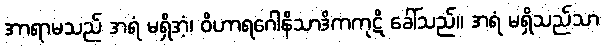
အာရာမသည် အရံ မရှိအံ့၊ ဝိဟာရဂေါနိသာဒိကကုဋိ ခေါ်သည်။ အရံ မရှိသည်သာ